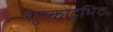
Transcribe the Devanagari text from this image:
शुष्कोद्भिद